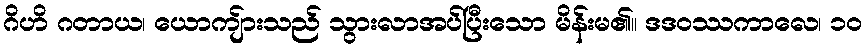
ဂိဟိ ဂတာယ၊ ယောကျ်ားသည် သွားလာအပ်ပြီးသော မိန်းမ၏။ ဒဒဝဿကာလေ၊ ၁၀